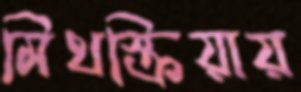
মিথস্ক্রিয়ায়